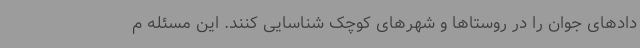
دادهای جوان را در روستاها و شهرهای کوچک شناسایی کنند. این مسئله م